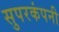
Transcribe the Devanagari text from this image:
सुपरकंपनी